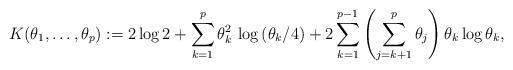
LaTeX: \begin{align*}K(\theta_{1},\ldots,\theta_{p}):= 2\log 2+\sum_{k=1}^{p}\theta_{k}^2\, \log \left(\theta_{k}/4\right)+2\sum_{k=1}^{p-1}\left(\sum_{j=k+1}^{p}\theta_{j}\right) \theta_{k}\log \theta_{k},\end{align*}